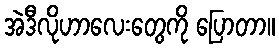
အဲဒီလိုဟာလေးတွေကို ပြောတာ။